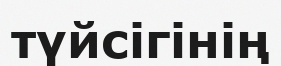
түйсігінің